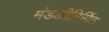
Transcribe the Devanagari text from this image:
मंडळीनिर्मित